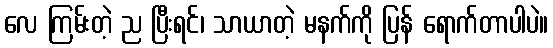
လေ ကြမ်းတဲ့ ည ပြီးရင်၊ သာယာတဲ့ မနက်ကို ပြန် ရောက်တာပါပဲ။